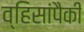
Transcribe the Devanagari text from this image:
व्हिसांपैकी